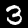
Digit: 3